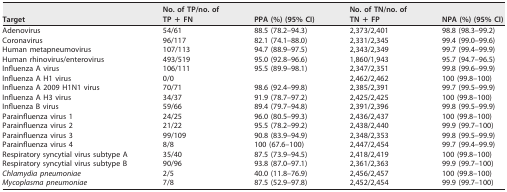
<table><thead><tr><td><b>Target</b></td><td><b>No. of TP/no. of TP + FN</b></td><td><b>PPA (%) (95% CI)</b></td><td><b>No. of TN/no. of TN + FP</b></td><td><b>NPA (%) (95% CI)</b></td></tr></thead><tbody><tr><td>Adenovirus</td><td>54/61</td><td>88.5 (78.2–94.3)</td><td>2,373/2,401</td><td>98.8 (98.3–99.2)</td></tr><tr><td>Coronavirus</td><td>96/117</td><td>82.1 (74.1–88.0)</td><td>2,331/2,345</td><td>99.4 (99.0–99.6)</td></tr><tr><td>Human metapneumovirus</td><td>107/113</td><td>94.7 (88.9–97.5)</td><td>2,343/2,349</td><td>99.7 (99.4–99.9)</td></tr><tr><td>Human rhinovirus/enterovirus</td><td>493/519</td><td>95.0 (92.8–96.6)</td><td>1,860/1,943</td><td>95.7 (94.7–96.5)</td></tr><tr><td>Influenza A virus</td><td>106/111</td><td>95.5 (89.9–98.1)</td><td>2,347/2,351</td><td>99.8 (99.6–99.9)</td></tr><tr><td>Influenza A H1 virus</td><td>0/0</td><td></td><td>2,462/2,462</td><td>100 (99.8–100)</td></tr><tr><td>Influenza A 2009 H1N1 virus</td><td>70/71</td><td>98.6 (92.4–99.8)</td><td>2,385/2,391</td><td>99.7 (99.5–99.9)</td></tr><tr><td>Influenza A H3 virus</td><td>34/37</td><td>91.9 (78.7–97.2)</td><td>2,425/2,425</td><td>100 (99.8–100)</td></tr><tr><td>Influenza B virus</td><td>59/66</td><td>89.4 (79.7–94.8)</td><td>2,391/2,396</td><td>99.8 (99.5–99.9)</td></tr><tr><td>Parainfluenza virus 1</td><td>24/25</td><td>96.0 (80.5–99.3)</td><td>2,436/2,437</td><td>100 (99.8–100)</td></tr><tr><td>Parainfluenza virus 2</td><td>21/22</td><td>95.5 (78.2–99.2)</td><td>2,438/2,440</td><td>99.9 (99.7–100)</td></tr><tr><td>Parainfluenza virus 3</td><td>99/109</td><td>90.8 (83.9–94.9)</td><td>2,348/2,353</td><td>99.8 (99.5–99.9)</td></tr><tr><td>Parainfluenza virus 4</td><td>8/8</td><td>100 (67.6–100)</td><td>2,447/2,454</td><td>99.7 (99.4–99.9)</td></tr><tr><td>Respiratory syncytial virus subtype A</td><td>35/40</td><td>87.5 (73.9–94.5)</td><td>2,418/2,419</td><td>100 (99.8–100)</td></tr><tr><td>Respiratory syncytial virus subtype B</td><td>90/96</td><td>93.8 (87.0–97.1)</td><td>2,361/2,363</td><td>99.9 (99.7–100)</td></tr><tr><td>Chlamydia pneumoniae</td><td>2/5</td><td>40.0 (11.8–76.9)</td><td>2,456/2,457</td><td>100 (99.8–100)</td></tr><tr><td>Mycoplasma pneumoniae</td><td>7/8</td><td>87.5 (52.9–97.8)</td><td>2,452/2,454</td><td>99.9 (99.7–100)</td></tr></tbody></table>